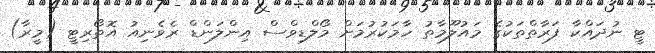
ޓީ ނުދައްކާ ފަރާތްތަކުގެ މައުލޫމާތު ހާމަކުރުމަށް މޯލްޑިވްސް އިންލަންޑް ރެވެނިއު އޮތޯރިޓީ (މީރާ)